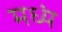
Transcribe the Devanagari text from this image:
मध्यं